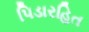
પિડારહિત